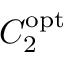
C _ { 2 } ^ { \mathrm { { o p t } } }